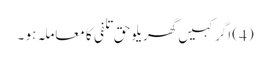
(4) اگر کہیں گھریلو حق تلفی کا معاملہ ہو ۔